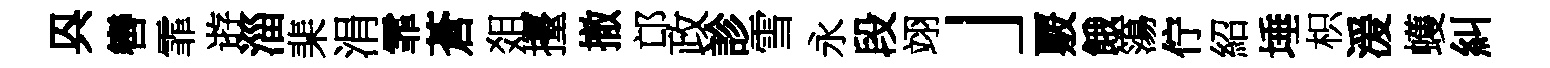
㒷轡霏逰淄棐涓霏蒼爼擡撤邙政診雪永段翊」覈餓簜佇紹埵枳湲蠖糾